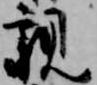
親